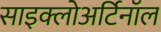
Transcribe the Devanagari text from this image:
साइक्लोअर्टिनॉल